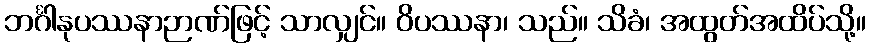
ဘင်္ဂါနုပဿနာဉာဏ်ဖြင့် သာလျှင်။ ဝိပဿနာ၊ သည်။ သိခံ၊ အထွတ်အထိပ်သို့။